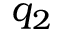
q _ { 2 }